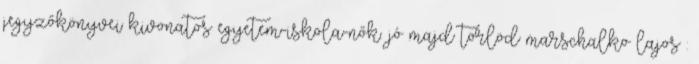
jegyzőkönyvei kivonatos egyetem-iskola-nők. jó majd törlöd marschalko lajos :